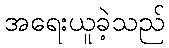
အရေးယူခဲ့သည်